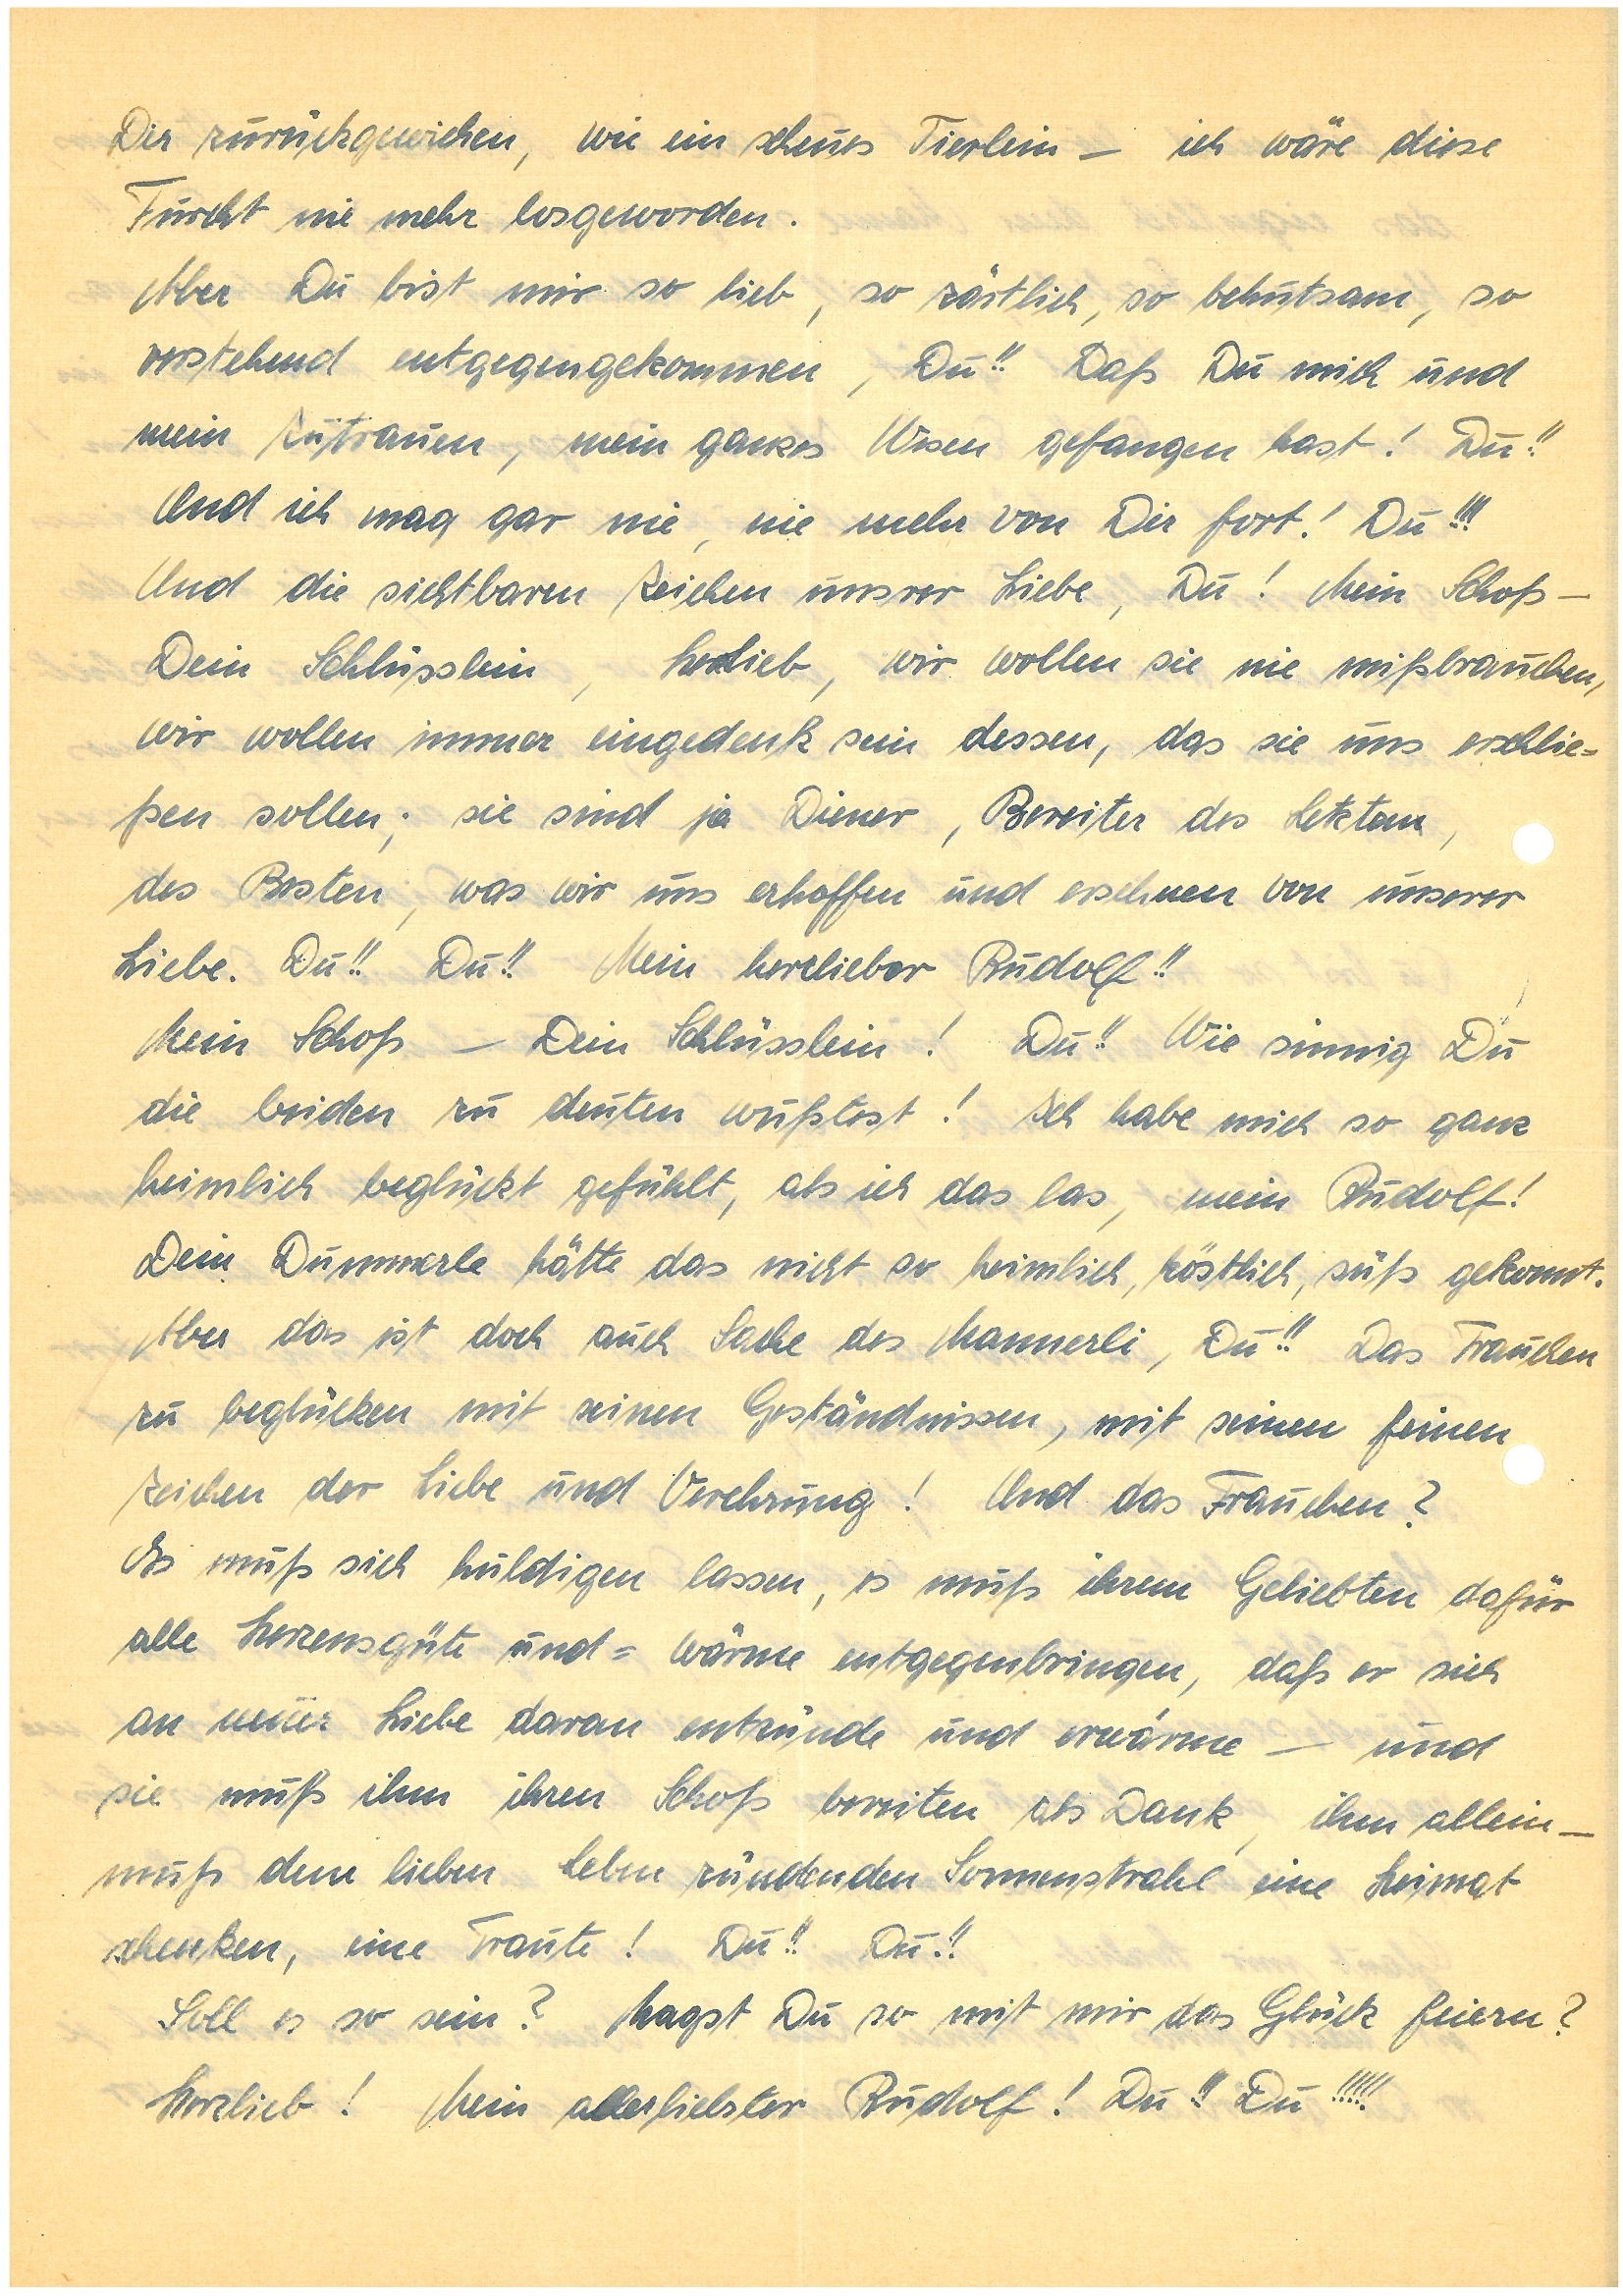
Dir zurückgewichen, wie ein scheues Tierlein – ich wäre diese
Furcht nie mehr losgeworden.
Aber Du bist mir so lieb, so zärtlich, so behutsam, so
verstehend entgegengekommen, Du!! Daß Du mich und
mein Zutrauen, mein ganzes Wesen gefangen hast! Du!!
Und ich mag gar nie, nie mehr von Dir fort! Du!!!
Und die sichtbaren Zeichen unsrer Liebe, Du! Mein Schoß –
Dein Schlüsslein, Herzlieb, wir wollen sie nie mißbrauchen,
wir wollen immer eingedenk sein dessen, das sie uns erschlie¬
ßen sollen; sie sind ja Diener, Bereiter des Letztemn,
des Besten, was wir uns erhoffen und ersehnen von unserer
Liebe. Du!! Du!! Mein herzlieber!!
Mein Schoß — Dein Schlüsslein! Du!! Wie sinnig Du
die beiden zu deuten wußtest! Ich habe mich so ganz
heimlich beglückt gefühlt, als ich das las, mein!
Dein Dummerle hätte das nicht so heimlich, köstlich, süß gekonnt.
Aber das ist doch auch Sache des Mannerli, Du!! Das Frauchen
zu beglücken mit seinen Geständnissen, mit seinen feinen
Zeichen der Liebe und Verehrung! Und das Frauchen?
Es muß sich huldigen lassen, es muß ihrem Geliebten dafür
alle Herzensgüte und -wärme entgegenbringen, daß er sich
an neuer Liebe daran entzünde und erwärme — und
sie muß ihm ihren Schoß bereiten als Dank, ihm allein –
muß dem lieben Leben zündenden Sonnenstrahl eine Heimat
schenken, eine Traute! Du!! Du!!
Soll es so sein? Magst Du so mit mir das Glück feiern?
Herzlieb! Mein allerliebster! Du!! Du!!!!!